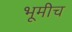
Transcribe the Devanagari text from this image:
भूमीच